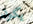
يكون